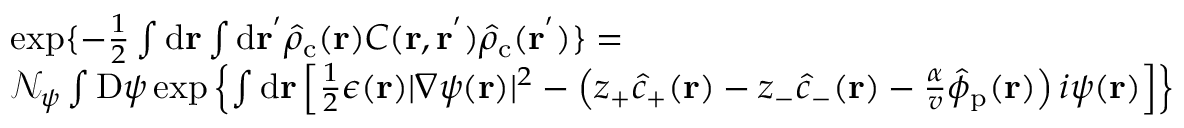
\begin{array} { r l } & { \exp \{ - \frac { 1 } { 2 } \int \mathrm { d } \mathbf { r } \int \mathrm { d } \mathbf { r ^ { ' } } \hat { \rho } _ { \mathrm { c } } ( \mathbf { r } ) C ( \mathbf { r } , \mathbf { r ^ { ' } } ) \hat { \rho } _ { \mathrm { c } } ( \mathbf { r ^ { ' } } ) \} = } \\ & { \mathcal { N } _ { \psi } \int \mathrm { D } \psi \exp \left\{ \int \mathrm { d } \mathbf { r } \left[ \frac { 1 } { 2 } \epsilon ( \mathbf { r } ) | \nabla \psi ( \mathbf { r } ) | ^ { 2 } - \left( z _ { + } \hat { c } _ { + } ( \mathbf { r } ) - z _ { - } \hat { c } _ { - } ( \mathbf { r } ) - \frac { \alpha } { v } \hat { \phi } _ { \mathrm { p } } ( \mathbf { r } ) \right) i \psi ( \mathbf { r } ) \right] \right\} } \end{array}